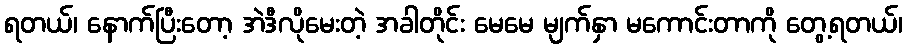
ရတယ်၊ နောက်ပြီးတော့ အဲဒီလိုမေးတဲ့ အခါတိုင်း မေမေ မျက်နှာ မကောင်းတာကို တွေ့ရတယ်၊